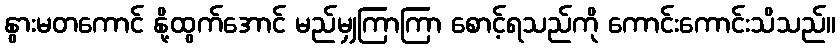
နွားမတကောင် နို့ထွက်အောင် မည်မျှကြာကြာ စောင့်ရသည်ကို ကောင်းကောင်းသိသည်။